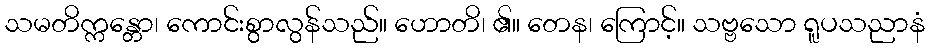
သမတိက္ကန္တော၊ ကောင်းစွာလွန်သည်။ ဟောတိ၊ ၏။ တေန၊ ကြောင့်။ သဗ္ဗသော ရူပသညာနံ